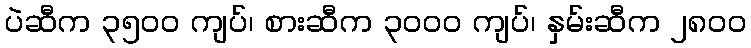
ပဲဆီက ၃၅၀၀ ကျပ်၊ စားဆီက ၃၀၀၀ ကျပ်၊ နှမ်းဆီက ၂၈၀၀